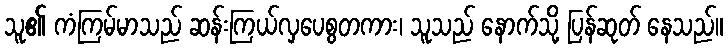
သူ၏ ကံကြမ်မာသည် ဆန်းကြယ်လှပေစွတကား၊ သူသည် နောက်သို့ ပြန်ဆုတ် နေသည်။